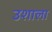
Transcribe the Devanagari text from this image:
उशाला